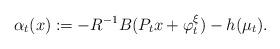
LaTeX: \begin{align*}\alpha_t(x):=-R^{-1}B(P_tx+\varphi_t^\xi)-h(\mu_t).\end{align*}